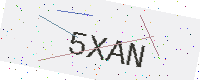
Text: 5XAN